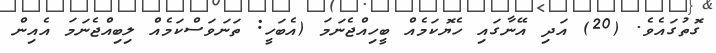
ގޮތުގައެވެ. (20) އަދި އޭނާގައި ހެޔޮކަމެއް ބީހިއްޖެނަމަ (އެބަހީ: ތަނަވަސްކަމެއް ލިބިއްޖެނަމަ އެއިން